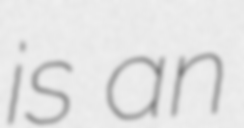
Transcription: is an